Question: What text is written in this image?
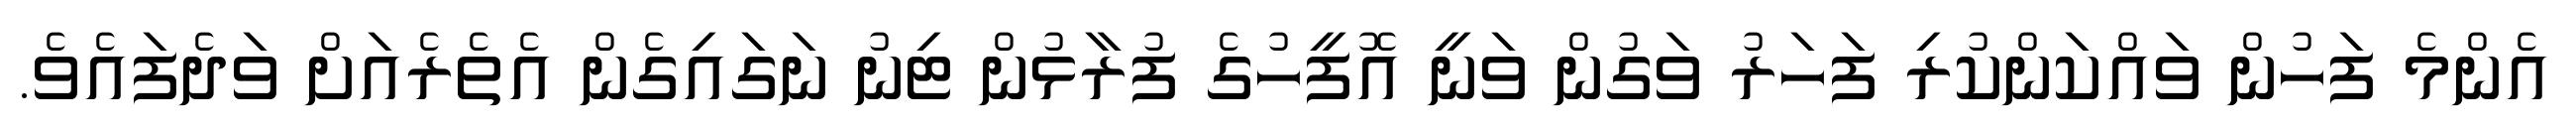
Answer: އެންމެ ފަހުން ވައްކަންކުރި ފަހަރު ވަގުން ވަނީ އޮފީހުގެ ފުރާޅުން ޓިނު ނަގައިގެން އެތެރެއަށް ވަދެފައެވެ.